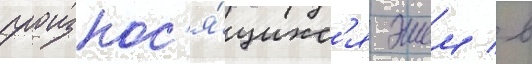
произнос'я́щихс'я эшем / в